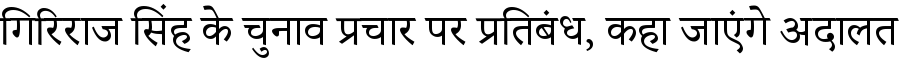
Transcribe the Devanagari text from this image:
गिरिराज सिंह के चुनाव प्रचार पर प्रतिबंध, कहा जाएंगे अदालत